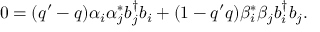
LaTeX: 0 = ( q ^ { \prime } - q ) \alpha _ { i } \alpha _ { j } ^ { * } b _ { j } ^ { \dagger } b _ { i } + ( 1 - q ^ { \prime } q ) \beta _ { i } ^ { * } \beta _ { j } b _ { i } ^ { \dagger } b _ { j } .